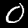
Digit: 0